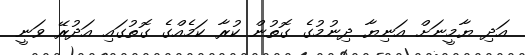
އަދި ޔާމީނަށް އަނިޔާ ދިނުމުގެ ގޮތުން ކުރާ ކަމެއްގެ ގޮތުގައި އަދުރޭ ވަނީ